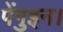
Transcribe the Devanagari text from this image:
पेंगुइन।